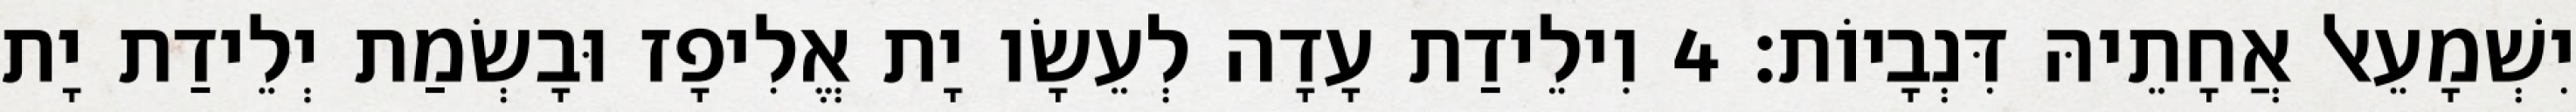
יִשְׁמָעֵאל אֲחָתֵיהּ דִּנְבָיוֹת׃ 4 וִילֵידַת עָדָה לְעֵשָׂו יָת אֱלִיפָז וּבָשְׂמַת יְלֵידַת יָת